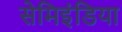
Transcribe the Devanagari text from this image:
सेमिइंडिया